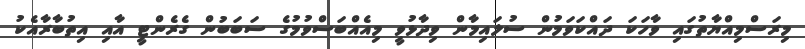
މިރަސްމިއްޔާތުގައި ވާހަކަ ދައްކަވަމުން ސުލައިމާން ވިދާޅުވީ މިއެއްބަސްވުމުގެ ސަބަބުން ގެރެންޓީ އާއި އިތުބާރާއެކު